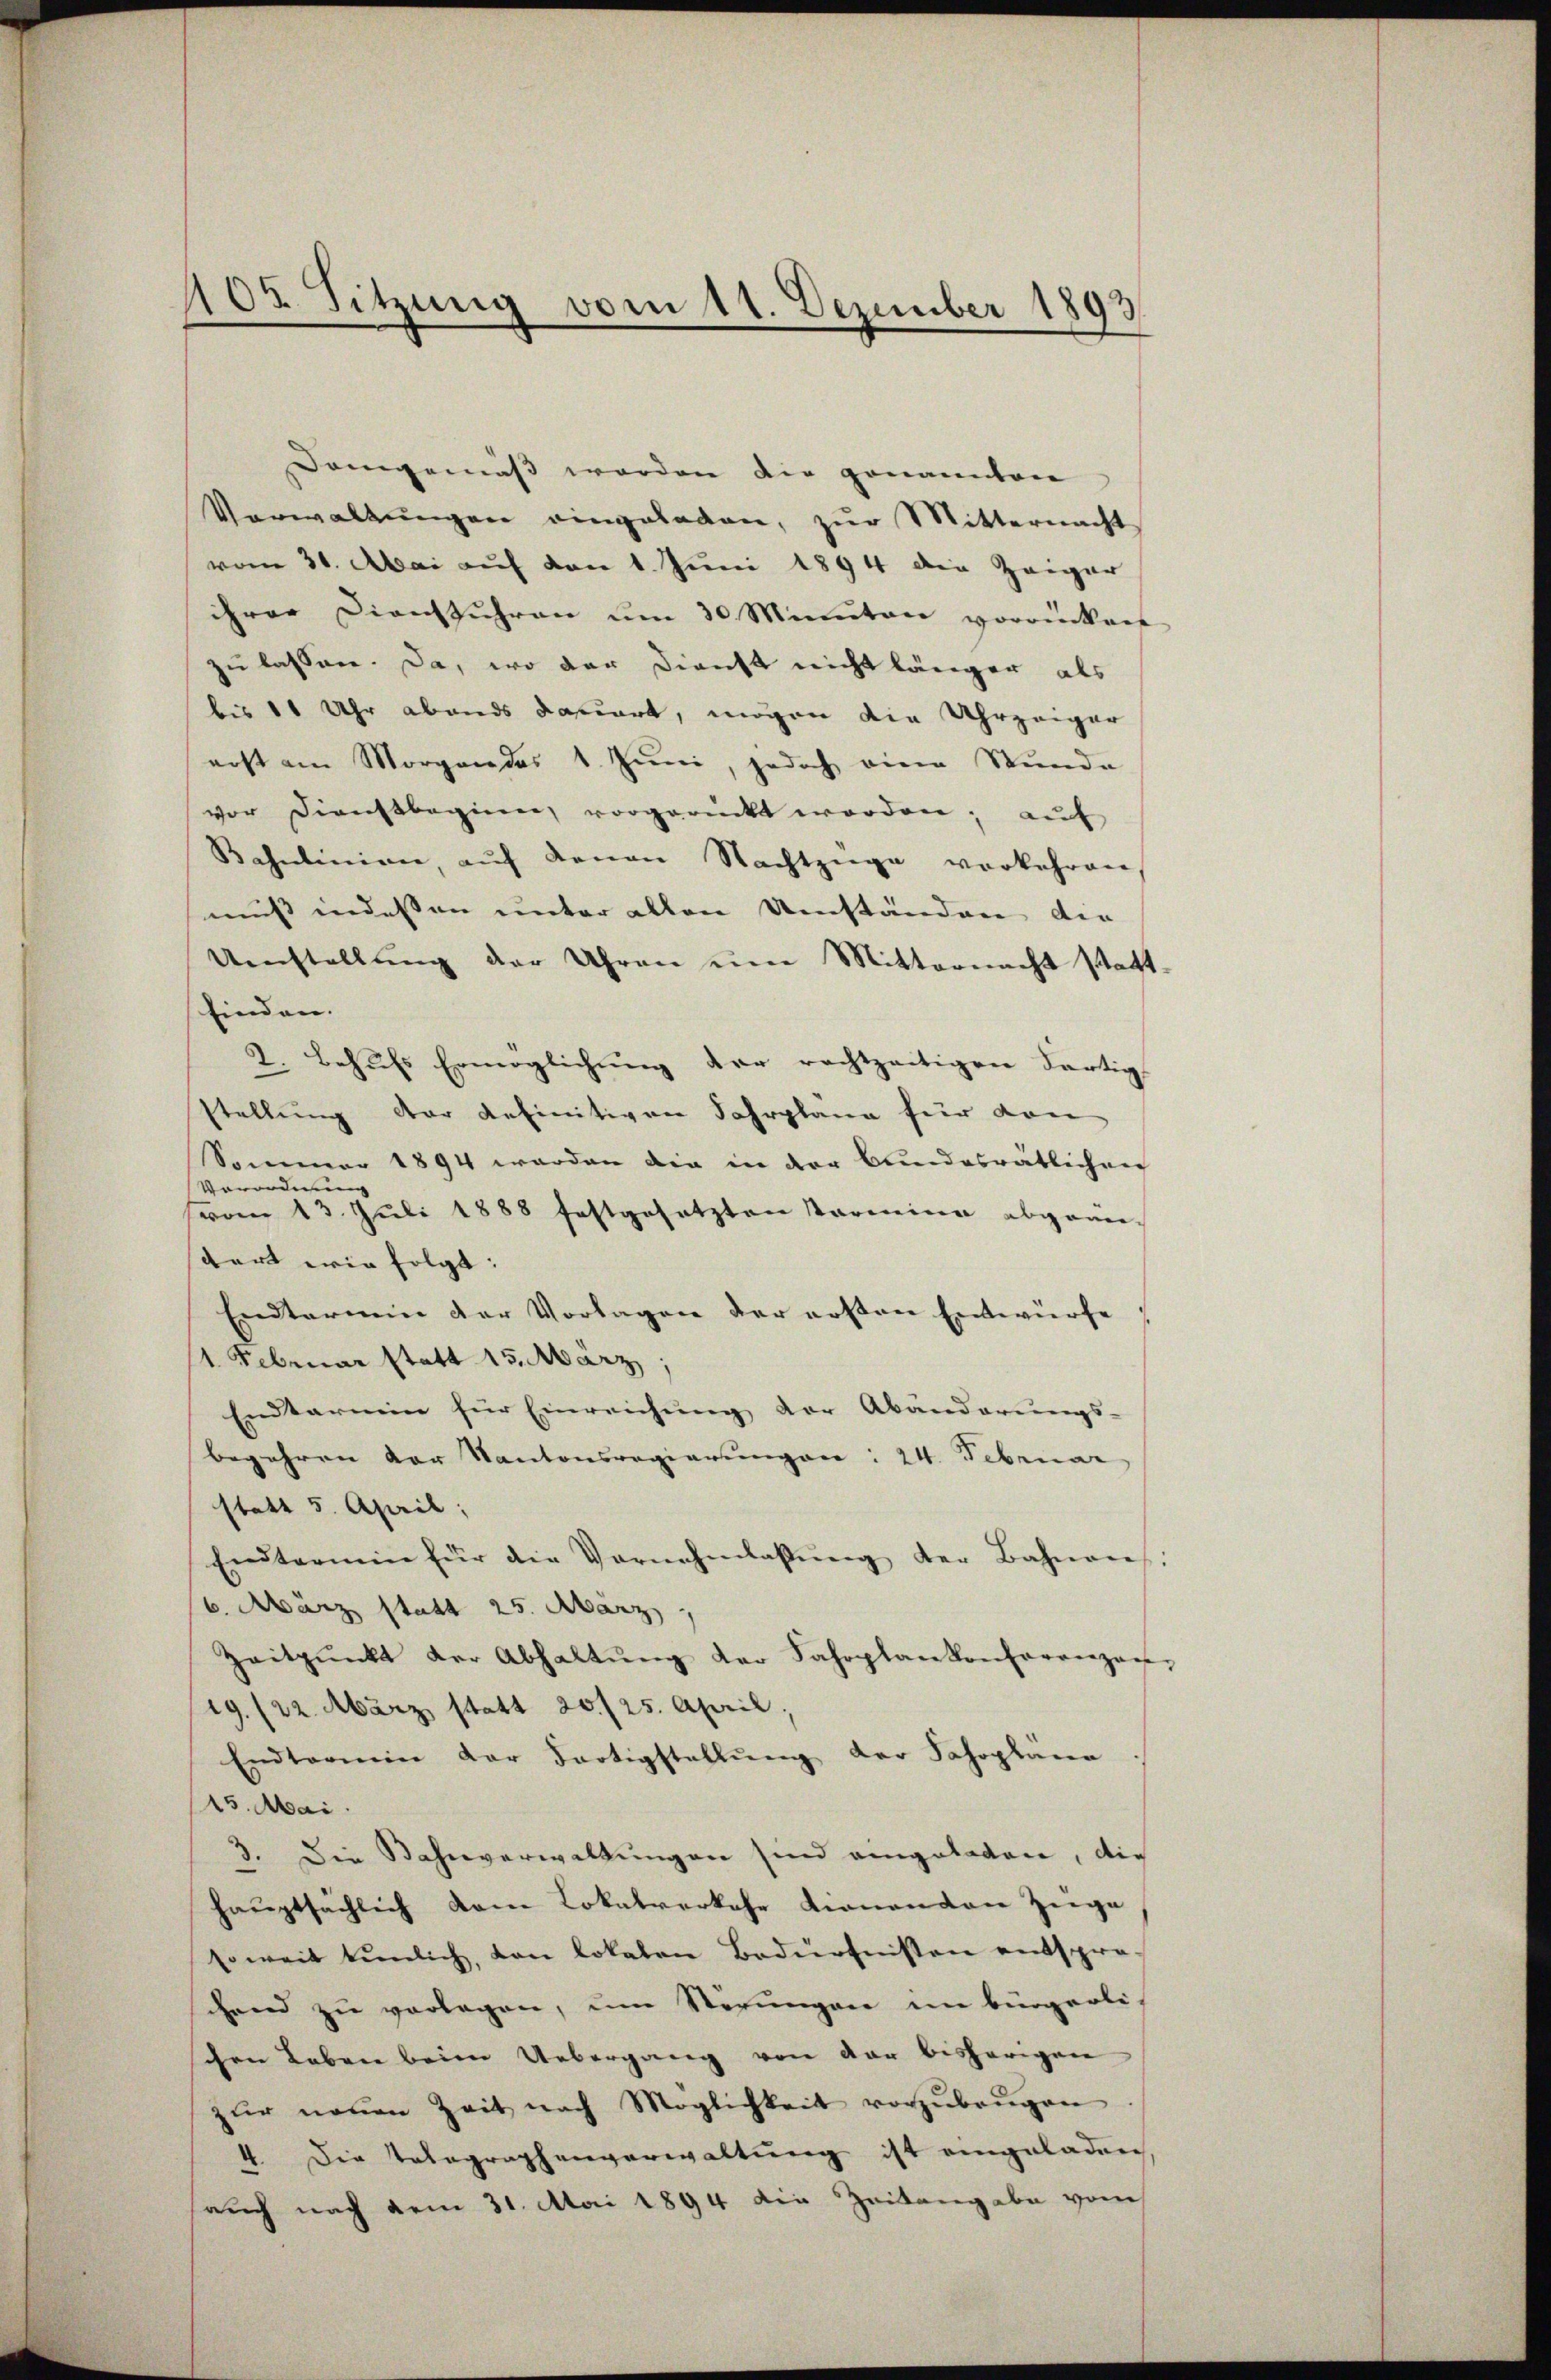
102. Sitzung vom 11. Dezember 1893.

Demgemäß werden die genannten
Verwaltŭngen eingeladen, zŭr Mitternacht
vom 31. Abai auf von 1. Juni 1894 die Zeiger
ihrer Dienstühren ŭm 30 Minuten vorrücken
zu lassen. Da, wo der Dienst nicht länger als
bis 11 Uhr abends dauert, mögen die Uhrzeiger
erst am Morgendes 1. Juni, jedoch eine Stŭnde
vor Dienstbeginen vorgerückt worden, auf
Bahnlinien, aŭf denen Nachtzüge vorkehren
muss indessen unter allen Umständen die
Umstellung der Uhren um Mitternacht statt.
finden.
2. Behŭfs Ermöglichŭng der rechtzeitigen dartig
stellung der definitiven Fahrplane für von
Sommer 1894 werden die in der Bundesrätlichen
Verordnung
vom 13. Juli 1888 festgesetzten Vormine abgange
tart wir folgt:
Endtermin der Vorlagen der ersten Entwürfe
1. Februar statt 15. März,
Endtarmen für Einreichung der Abänderungs-
begehren der Kantonsregierungen: 24. Februar
statt 5. April;
Entermein für die Vornehmlassŭng der Bahnen.
6. März statt 25. März
Zeitpunkt der Abhaltŭng der Fahrplankonferenzan
19./22. März statt 20./25. April,
Endtermin der Fortigstellŭng der Jahrplana
15. Mai.
3. Die Bahnverwaltungen sind eingeladen, die
hauptsächlich dem Lokalverkehr dienenton Züge
soweit tŭnlich, von lokalen Bedürfnissen entspro-
chend zŭ verlegen, um Störungen im bürgerli
schen Leben beim Uebergang von der bisherigen
zŭr neuen Zeit nach Möglichkeit vorzŭbeŭgen
4. Die Telegraphenverwaltung ist eingeladen
auch nach dem 31. Mai 1894 die Zeitangabe von